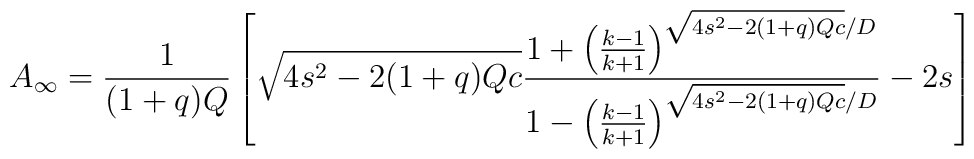
A_{\infty}=\frac{1}{(1+q)Q} \left[ \sqrt{4s^2-2(1+q)Qc} \frac{1+\left(\frac{k-1}{k+1}\right)^{\sqrt{4s^2-2(1+q)Qc}/D}}{1-\left(\frac{k-1}{k+1}\right)^{\sqrt{4s^2-2(1+q)Qc}/D}}-2s \right]